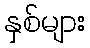
နှစ်များ